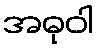
အဓုဝါ